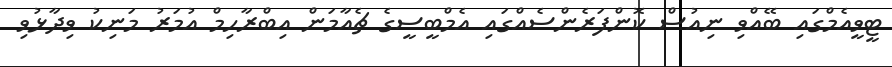
ޓީވީއެމްގައި ބޭއްވި ނިއުސް ކޮންފަރެންސެއްގައި އެމްބީސީގެ ޗެއާމަން އިބްރާހިމް އުމަރު މަނިކު ވިދާޅުވި